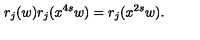
r _ { j } ( w ) r _ { j } ( x ^ { 4 s } w ) = r _ { j } ( x ^ { 2 s } w ) .